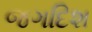
જગદિશ